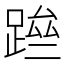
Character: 䠁